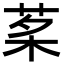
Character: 𦰔